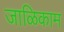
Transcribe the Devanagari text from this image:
जाळिकाम